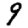
Digit: 9